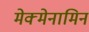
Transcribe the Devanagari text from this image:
मेक्मेनामिन